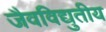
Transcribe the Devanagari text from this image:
जैवविद्युतीय